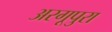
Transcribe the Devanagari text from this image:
अरगूपुरा